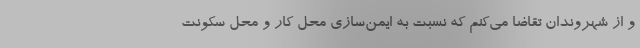
و از شهروندان تقاضا می‌کنم که نسبت به ایمن‌سازی محل کار و محل سکونت